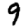
Digit: 9